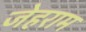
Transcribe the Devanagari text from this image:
जेहराम